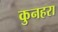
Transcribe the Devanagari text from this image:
कुनहरा